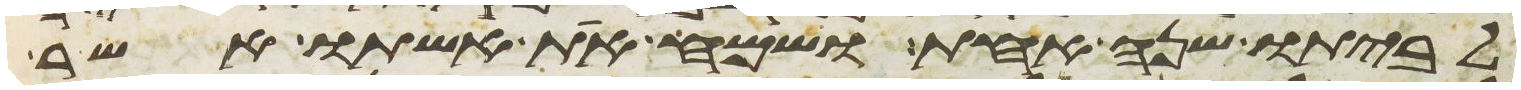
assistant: לביתו שנה אחת ושמח את אשתו אשר